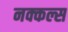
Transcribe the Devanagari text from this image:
नक्कल्स